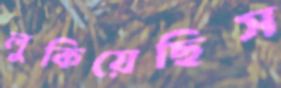
লুকিয়েছিস